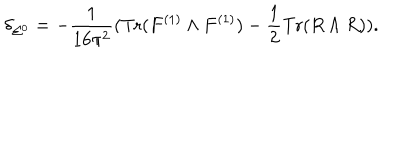
\delta _ { \Sigma ^ { 0 } } = - \frac { 1 } { 1 6 \pi ^ { 2 } } ( \mathrm { T r } ( F ^ { ( 1 ) } \wedge F ^ { ( 1 ) } ) - \frac { 1 } { 2 } \mathrm { T r } ( R \wedge R ) ) .